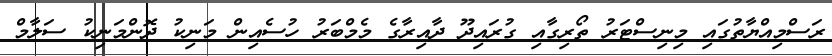
ރަސްމިއްޔާތުގައި މިނިސްޓަރު ތޯރިގާއި ގުރައިދޫ ދާއިރާގެ މެމްބަރު ހުސެއިން މަނިކު ދޮންމަނިކު ސަލާމް